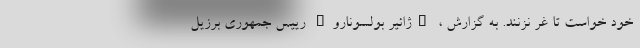
خود خواست تا غُر نزنند. به گزارش ، "ژائیر بولسونارو" رییس جمهوری برزیل